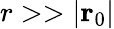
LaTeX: r>>\lvert{\mathbf r}_{0}\rvert